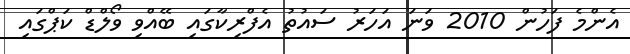
އެންމެ ފަހުން 2010 ވަނަ އަހަރު ސައުތު އެފްރިކާގައި ބޭއްވި ވޯލްޑް ކަޕްގައި